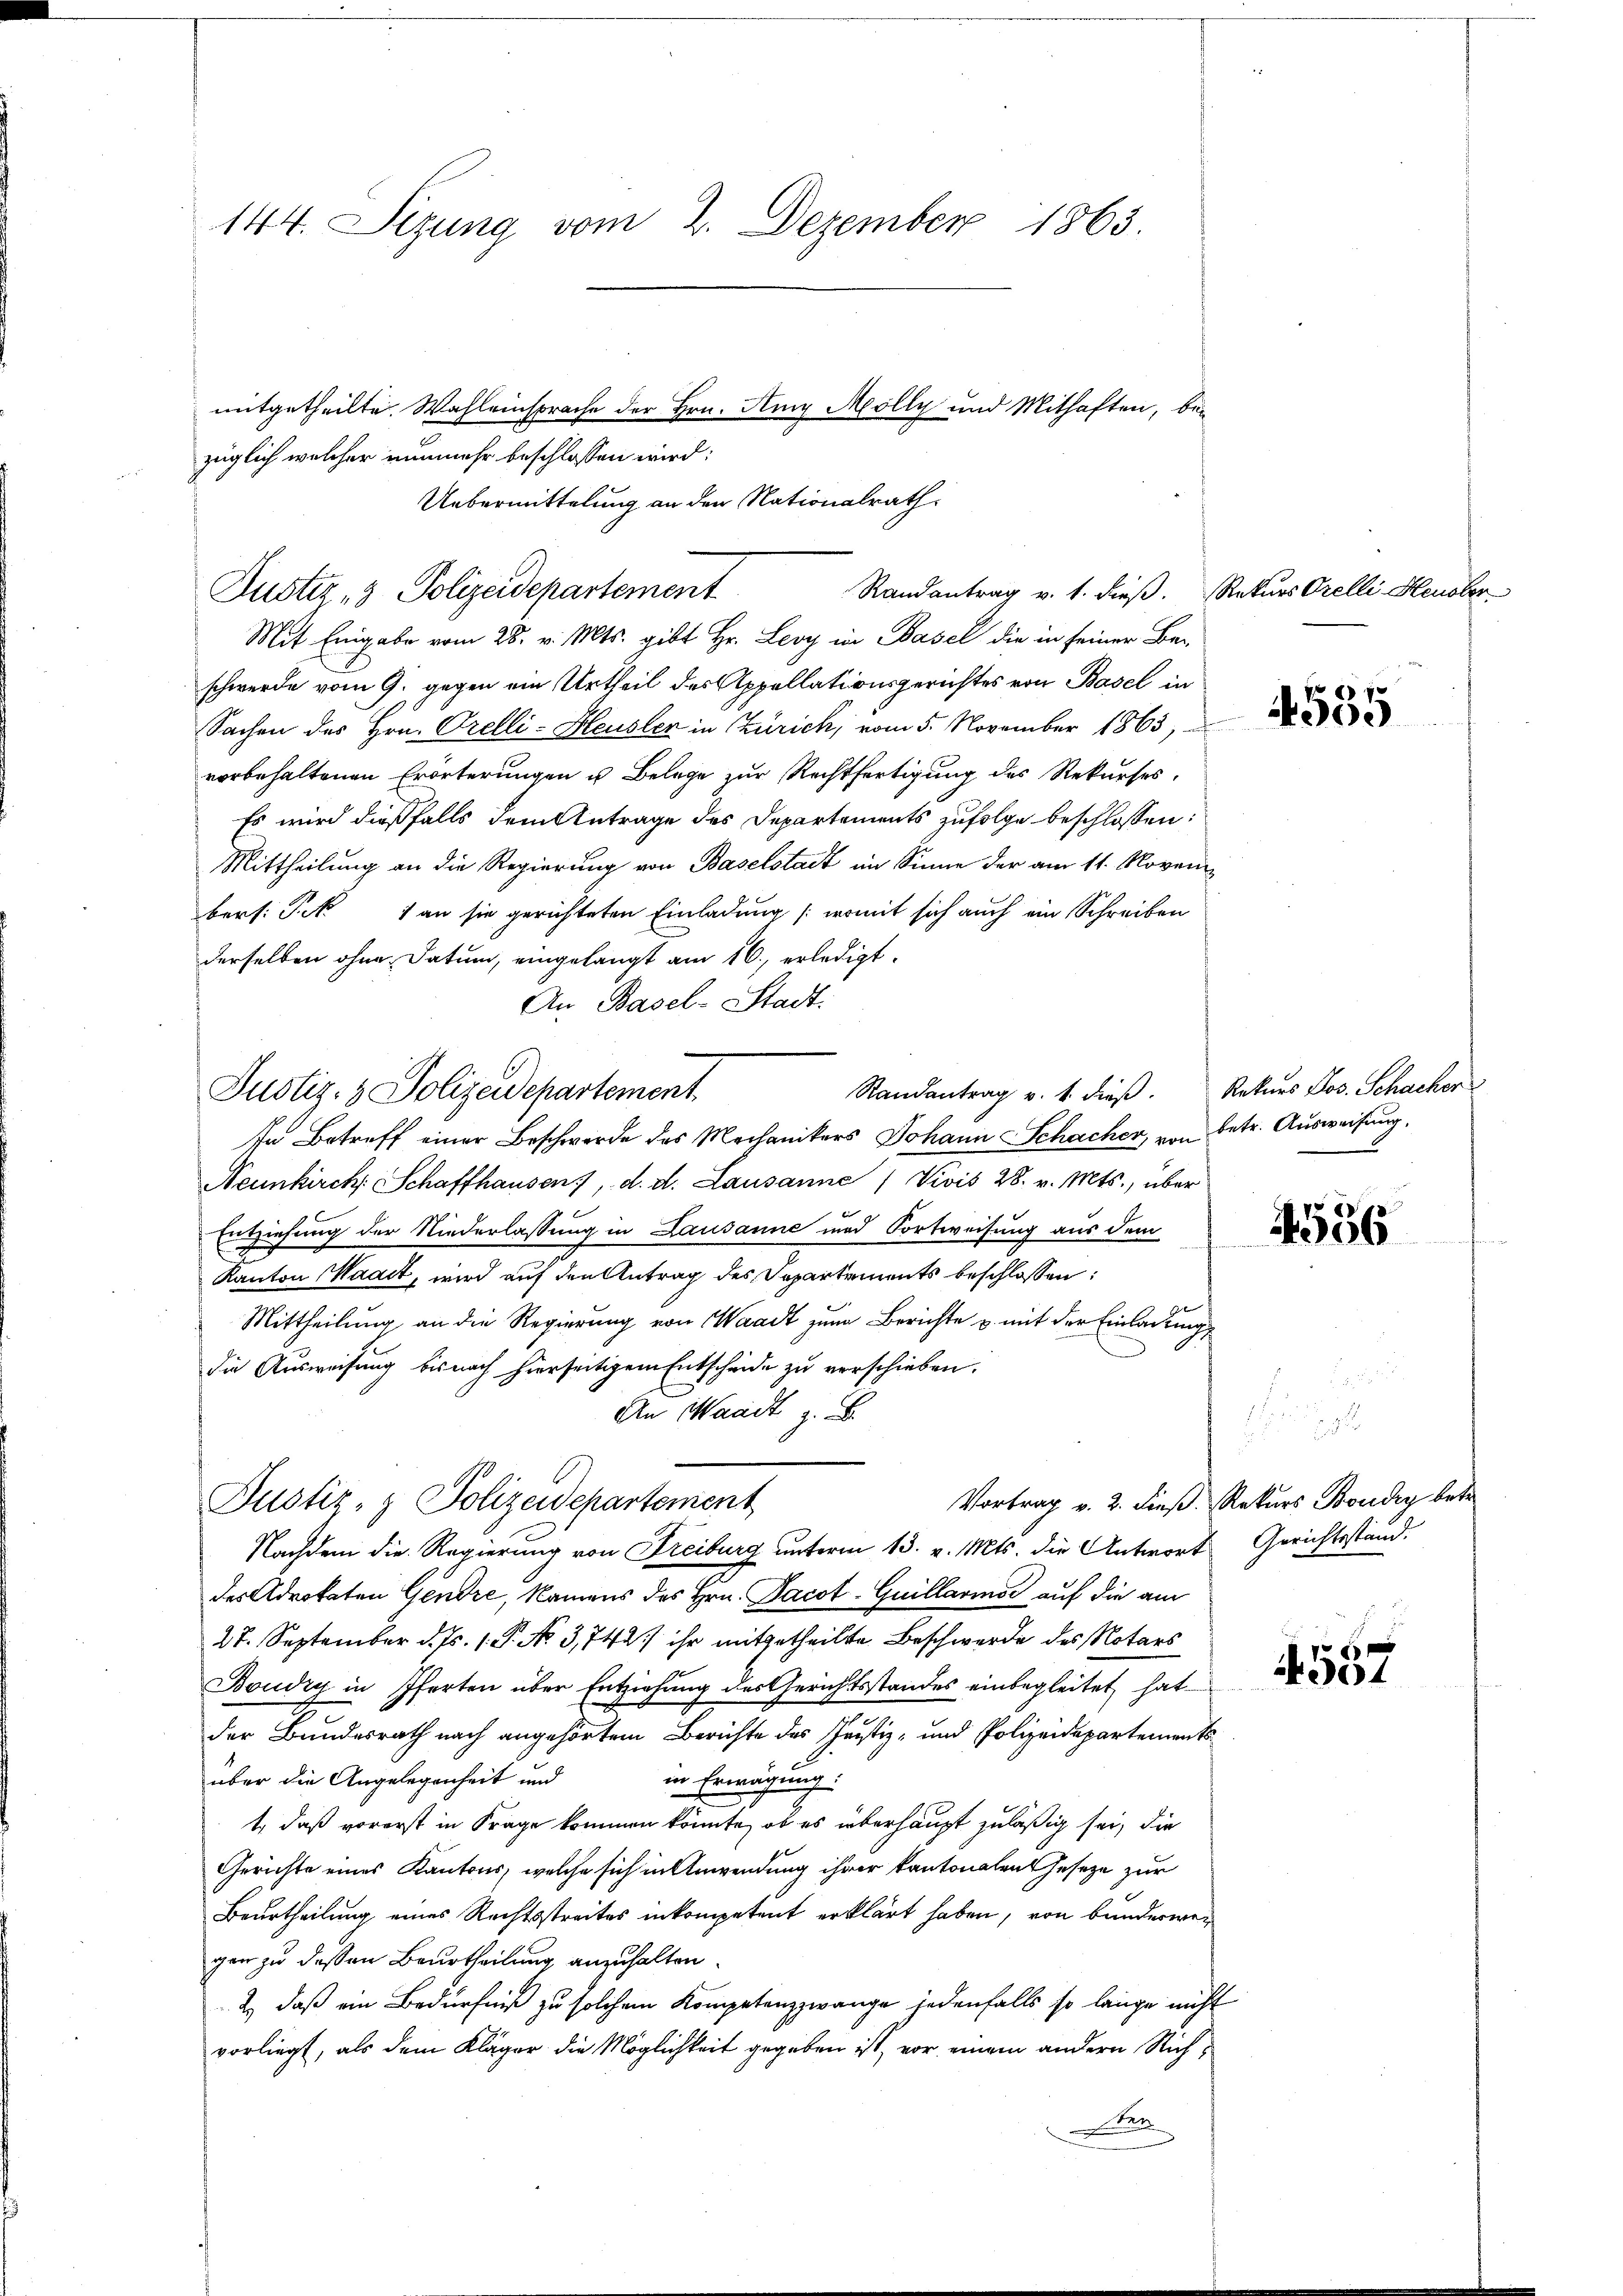
144. Sezung vom 2. Dezember 1863.

Randantrag v. 1. dieß. Rekurs Orelli Henober
Justiz- & Polizeidepartement

Justiz- & Polizeidepartement
In Betreff einer Beschwerde des Mechanikers Johann Schacher, von betr. Ausweisung.

mitgetheilte. Wahleinsprache der Hrn. Am Molly und Mithaften, bei
züglich welcher nunmehr beschlossen wird:
Uebermittelung an den Nationalrath

Mit Eingabe vom 28. v. Mts. gibt Hr. Leoy in Basel die in seiner Be-
schwerde vom 9. gegen ein Urtheil des Appellationsgerichtes von Basel in
Sachen des Hrn. Orelli-Heusler in Zürich, vom 5. November 1865,
vorbehaltenen Erörterungen u. Belege zur Rechtfertigung des Rekurses,
Es wird dießfalls dem Antrage des Departements zufolge beschlossen:
Mittheilung an die Regierung von Baselstadt im Sinne der am 11. Novembers: Pek 1 an sie gerichteten Einladung (womit sich auch ein Schreiben
derselben ohne Datum, eingelangt am 16. erledigt.
An Basel-Stadt.
Randantrag v. 1. dieß.
Neunkirch Schaffhausen, d. d. Lausanne / Divis 28. v. Mts., über
Entziehung der Niederlassung in Lausanne und Fortweisung aus dem
Kanton Waadt, wird auf den Antrag des Departements beschlossen:
Mittheilung an die Regierung von Waadt zum Berichte u. mit der Einladung
die Ausweisung bis nach hierseitigem Entscheide zu verschieben.
An Waadt z. B.
Vortrag v. 2. dieß. Rekurs Boudry betr.
Justiz- & Polizeidepartement
Nachdem die Regierung von Freiburg unterm 13. v. Mts. die Antwort Gerichtsstand.
des Advokaten Gendre, Namens des Hrn. Jacot-Guillarios auf die au
27. September d. Js. 1. P. No 3,742) ihr mitgetheilte Beschwerde des Notars
Boudry in Pferten über Entziehung des Gerichtsstandes einbegleitet hat
der Bundesrath nach angehörtem Berichte des Justiz- und Polizeidepartements
über die Angelegenheit und
in Erwägung
t, daß vorerst in Frage kommen könnte, ob es überhaupt zuläßig sei, die
Gerichte eines Kantons, welche sich in Anwendung ihrer kantonalen Geseze zur
Beurtheilung eines Rechtsstreites inkompetent erklärt haben, von Banderwer
gen zu dessen Beurtheilung anzuhalten.
2) daß ein Bedürfniß zu solchem Kompetenzzwange jedenfalls so lange nicht
vorliegt, als dem Kläger die Möglichkeit gegeben ist, vor einem andern Riche

4555

Rekurs Jos. Schacker

4556

6
t